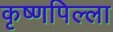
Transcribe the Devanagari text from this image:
कृष्णपिल्ला